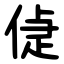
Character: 偼